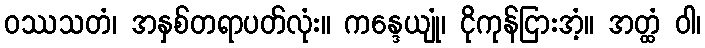
ဝဿသတံ၊ အနှစ်တရာပတ်လုံး။ ကန္ဒေယျုံ၊ ငိုကုန်ငြားအံ့။ အတ္ထံ ဝါ၊